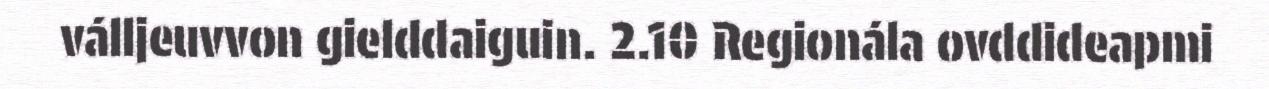
válljeuvvon gielddaiguin. 2.10 Regionála ovddideapmi